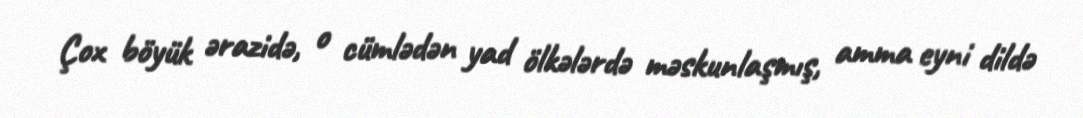
Çox böyük ərazidə, o cümlədən yad ölkələrdə məskunlaşmış, amma eyni dildə